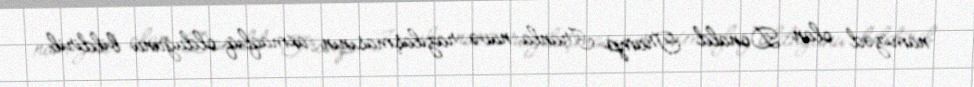
namizəd olan Donald Tramp İranla nüvə razılaşmasının axmaqlıq olduğunu bildirib.